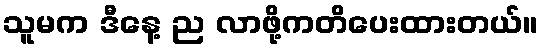
သူမက ဒီနေ့ ည လာဖို့ကတိပေးထားတယ်။